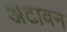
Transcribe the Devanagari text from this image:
अटावन